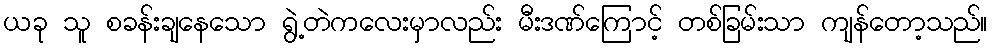
ယခု သူ စခန်းချနေသော ရွဲ့တဲကလေးမှာလည်း မီးဒဏ်ကြောင့် တစ်ခြမ်းသာ ကျန်တော့သည်။